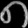
Digit: ၈